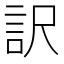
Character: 訳